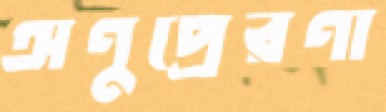
অণুপ্রেরণা